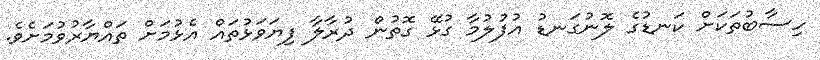
ހިސާބުތަކަށް ކަނޑުގެ ލޮނުގަނޑު އުފުލުމާ ގުޅޭ ގޮތުން ދުރާލާ ފިޔަވަޅުތައް އެޅުމަށް ތައްޔާރުވުމަށެވެ.